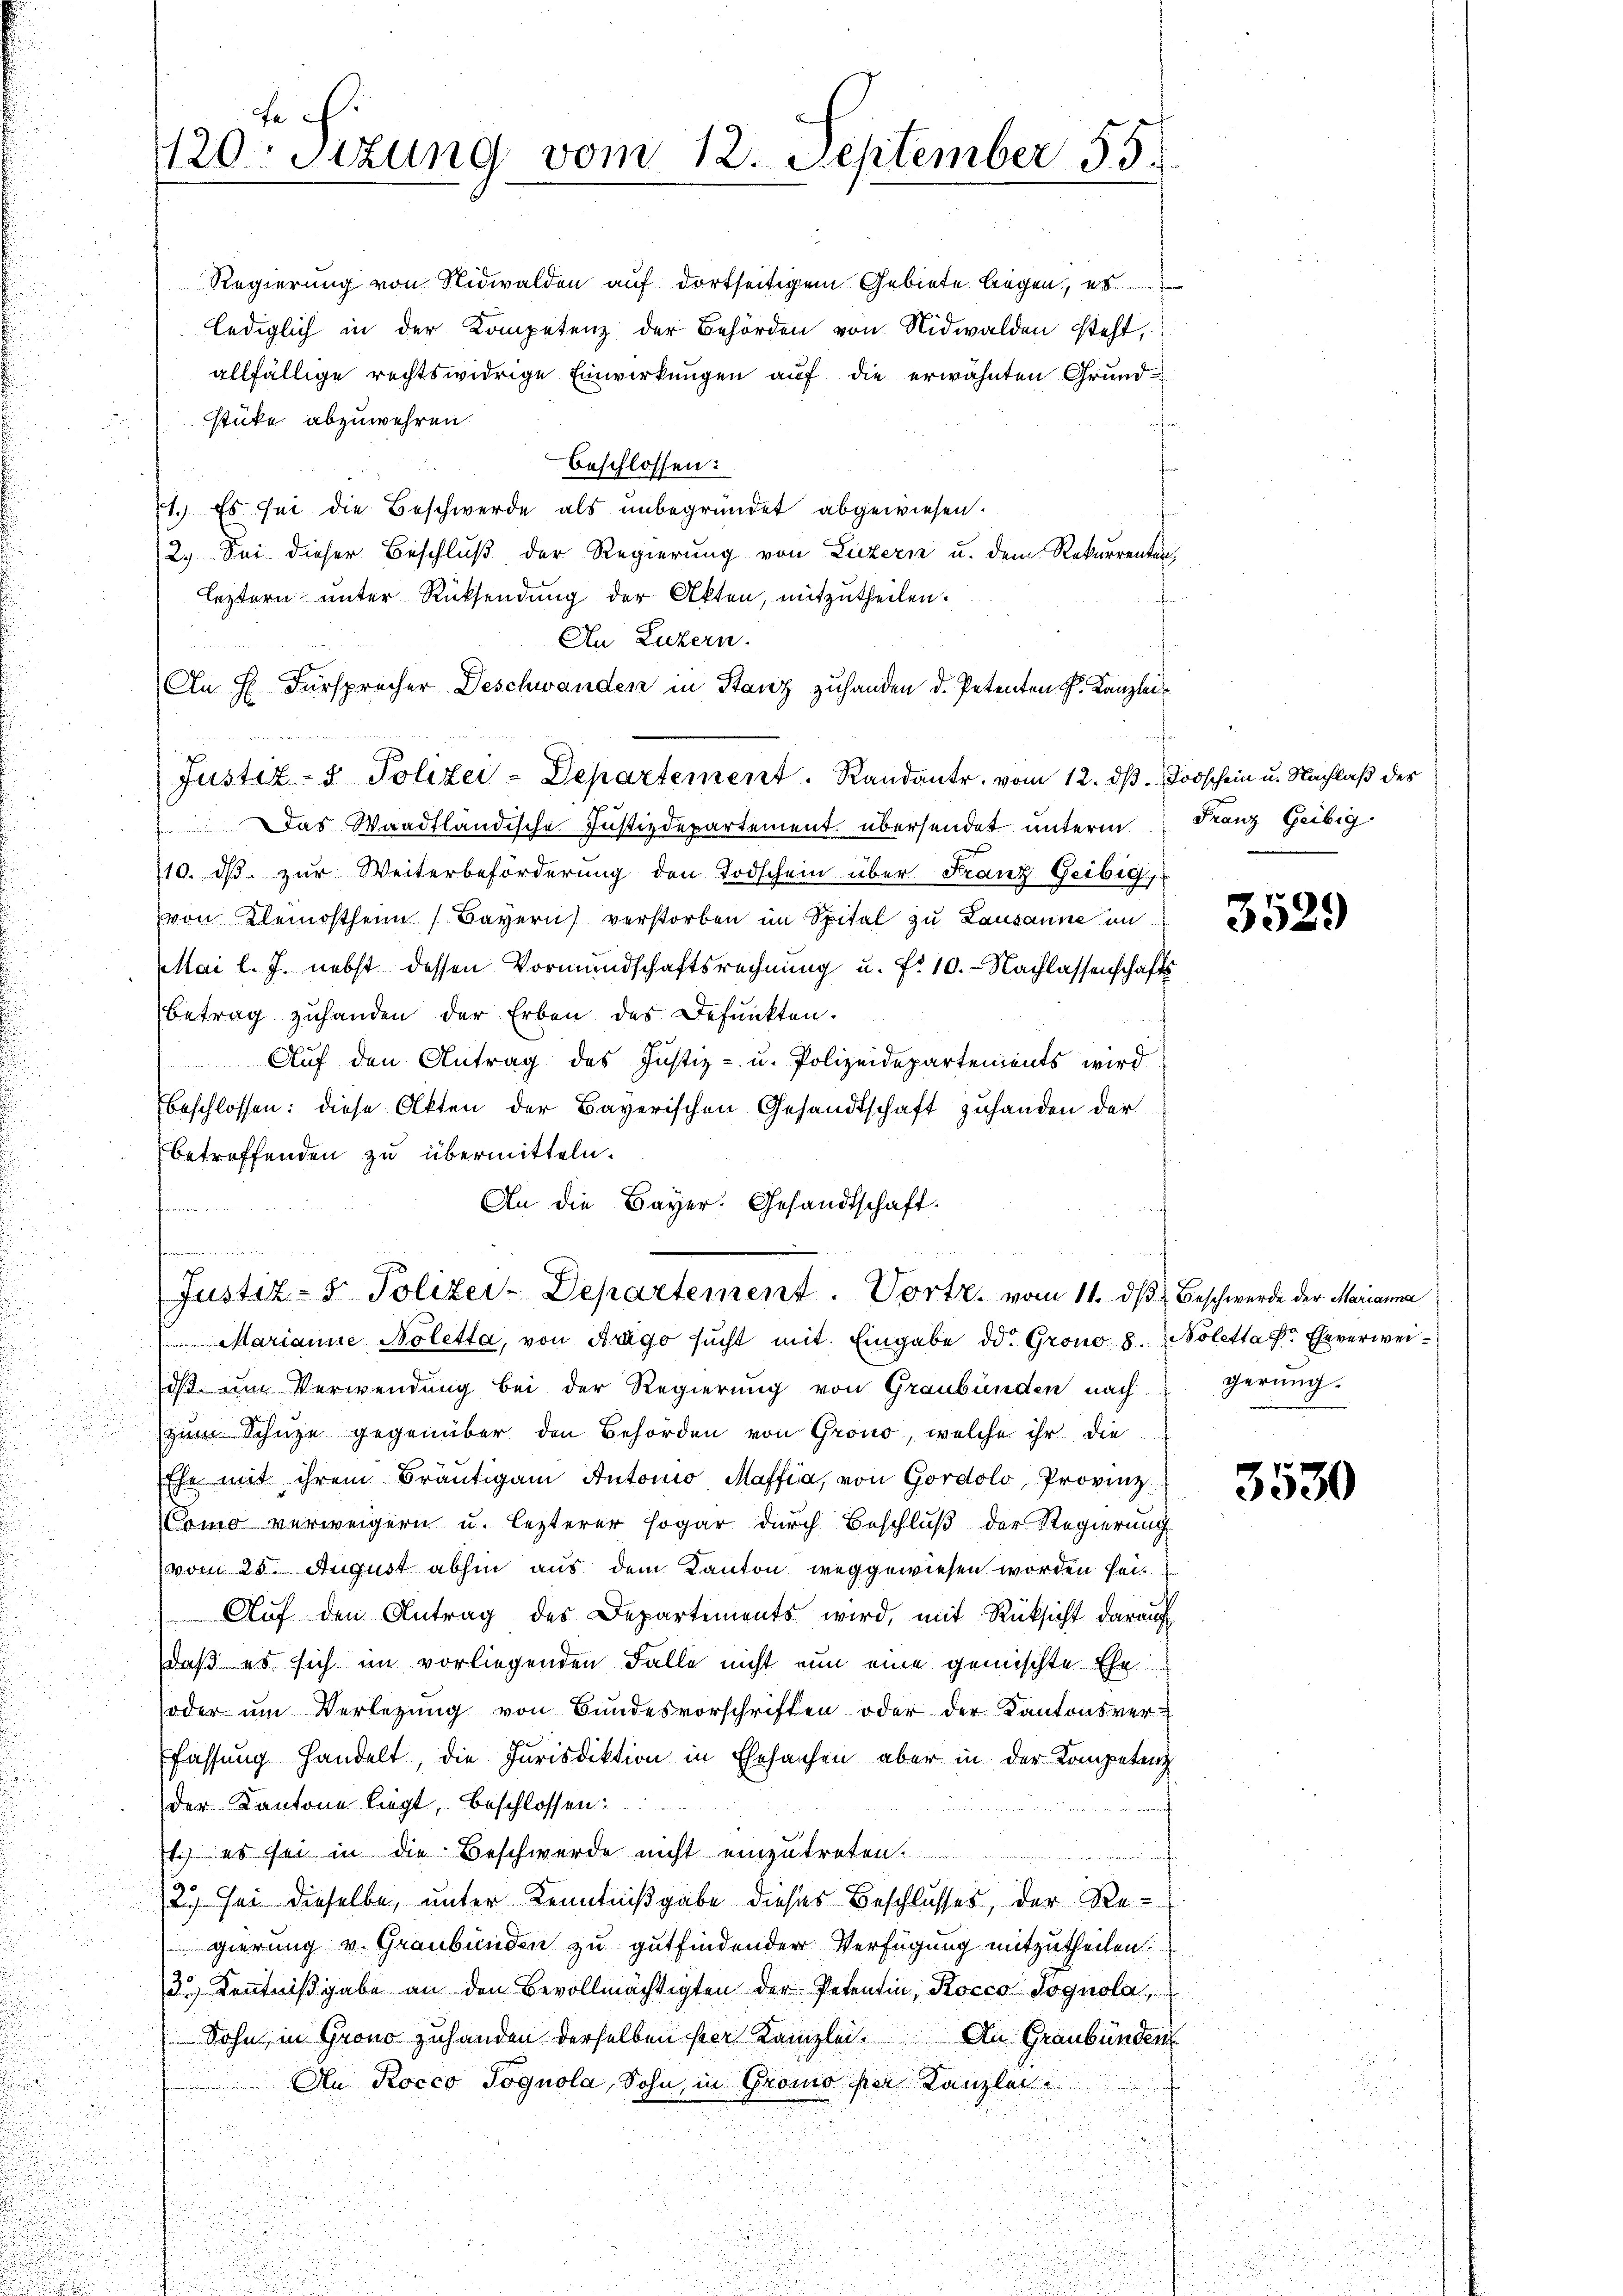
fei.
1120 sizung vom 12. September 55.

allfällige rechtswidrige Einwirkungen auf die erwähnten Grundstüke abzuwehren.
beschlossen:
1. Es sei die Beschwerde als unbegründet abgewiesen.
2.) Sei dieser Beschluß der Regierung von Luzern u. dem Rekurrenten
Leztern unter Rücksendung der Akten, mitzutheilen.
An Luzern.
u
An H. Fürsprecher Deschwanden in Stanz zuhanden d. Petenten L. Kanzlei
Justiz- & Polizei-Departement. Randant. vom 12. dβ. Todschein u. Nachlaß des
Das Waadtländische Justizdepartement übersendet unterm Franz Geibig
10. dβ zŭr Weiterbeförderung den Todschein über Franz Geibigy
von Kleinostheim (Bayern verstorben im Spital zu Lausanne in
Mai l. J. nebst dessen Vormundschaftsrechnung u. fr. 10.- Nachlassenschafts
Betrag zuhanden der Erben des Befunkten.
Auf den Antrag des Justiz- u. Polizeidepartements wird
beschlossen: diese Akten der Bayerischen Gesandtschaft zuhanden der
betreffenden zu übermitteln.
An die Bayer: Gesandtschaft.

B

Regierung von Nidwalden auf dortseitigem Gebiete liegen, es
lediglich in der Kompetenz der Behörden von Nidwalden steht,

Justiz- & Polizei-Departement. Vortr. vom 11. ds Beschwerde der Marianna
Marianne Noletta, von Arago sucht mit Eingabe dd. Grono 8. Nolettag Eheverwei¬

dβ ŭm Verwendŭng bei der Regierŭng von Graubünden nach gerŭng-
zum Schüze gegenüber den Behörden von Grono, welche ihr die
Ehe mit ihrem Bräutigam Antonio Maffia, von Gordolo, Provinz
Como verweigern u. lezterer sogar durch Beschluß der Regierung
vom 25. August abhin aus dem Kanton weggewiesen worden sei¬
Aŭf den Antrag des Departements wird, mit Rücksicht darauf
daß es sich im vorliegenden Falle nicht nun eine gemischte Ehe
oder um Verlegung von Bundesvorschriften oder der Kantonsverfassung handelt, die Jurisdiktion in Ehesausen aber in der Kompetenz
der Kantone liegt, beschlossen
1.) es sei in die Beschwerde nicht einzutreten.
12. Sei dieselbe, unter Kenntnißgabe dieses Beschlusses, der Regierung v. Graubünden zu gutfindender Verfügung mitzutheilen.
3.) Kenntnißgabe an den Bevollmächtigten der Petentin, Kocco Jognola,
Sohn, in Grono zuhanden derselben her Kanzlei.
An Graubünden
An Rocco Joguola, Sohn, in Gromo per Kanzlei

3529

3530